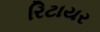
રિટાયર